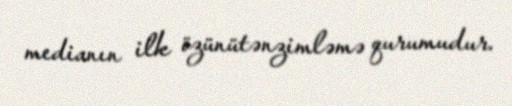
medianın ilk özünütənzimləmə qurumudur.